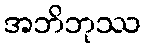
အဘိဘုဿ